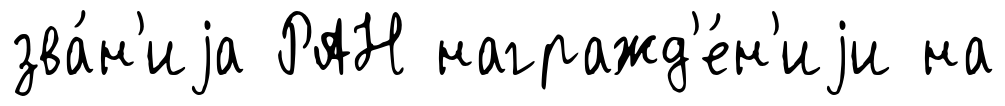
зва́н'иjа РАН награжд'е́н'иjи на